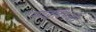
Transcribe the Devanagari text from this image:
स्याद्धादमंजरी